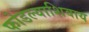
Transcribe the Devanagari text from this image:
फोडल्याशिवाय